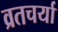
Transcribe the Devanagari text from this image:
व्रतचर्या